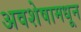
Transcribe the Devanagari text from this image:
अवशेषामधून